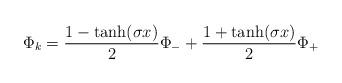
LaTeX: \begin{align*}\Phi_k = {{1-\tanh(\sigma x)}\over 2} \Phi_- + {{1+\tanh(\sigma x)}\over 2} \Phi_+\end{align*}